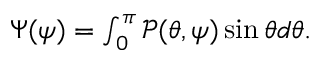
\begin{array} { r } { \Psi ( \psi ) = \int _ { 0 } ^ { \pi } \mathcal { P } ( \theta , \psi ) \sin \theta d \theta . } \end{array}